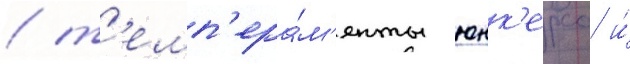
/ т'емп'ера́м'енты юнк'ерса и́